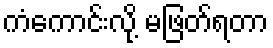
ကံကောင်းလို့ မဖြတ်ရတာ